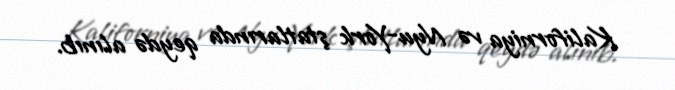
Kaliforniya və Nyu-York ştatlarında qeydə alınıb.